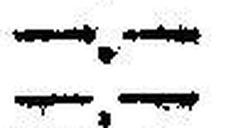
—.—